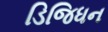
ડિજિધન